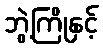
ဘွဲ့ကြိုနှင့်